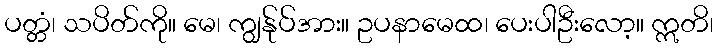
ပတ္တံ၊ သပိတ်ကို။ မေ၊ ကျွန်ုပ်အား။ ဥပနာမေထ၊ ပေးပါဦးလော့။ ဣတိ၊